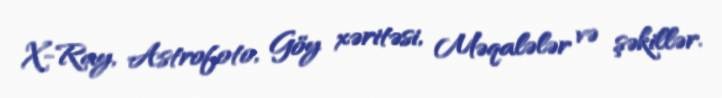
X-Ray, Astrofoto, Göy xəritəsi, Məqalələr və şəkillər.